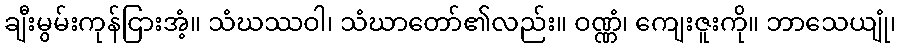
ချီးမွမ်းကုန်ငြားအံ့။ သံဃဿဝါ၊ သံဃာတော်၏လည်း။ ဝဏ္ဏံ၊ ကျေးဇူးကို။ ဘာသေယျုံ၊